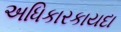
અધિકારકાયદા